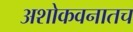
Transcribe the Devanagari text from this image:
अशोकवनातच